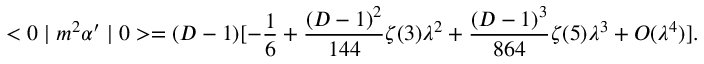
< 0 \mid m ^ { 2 } \alpha ^ { \prime } \mid 0 > = ( D - 1 ) [ - \frac { 1 } { 6 } + \frac { ( D - 1 ) ^ { 2 } } { 1 4 4 } \zeta ( 3 ) \lambda ^ { 2 } + \frac { ( D - 1 ) ^ { 3 } } { 8 6 4 } \zeta ( 5 ) \lambda ^ { 3 } + { \cal O } ( \lambda ^ { 4 } ) ] .